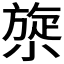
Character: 𰕯